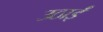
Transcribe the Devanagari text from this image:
उठाईं